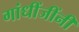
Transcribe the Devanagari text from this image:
गांधींजींनी